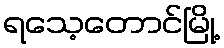
ရသေ့တောင်မြို့